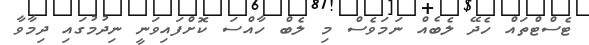
ޓެސްޓްތައް ހެދޭ ލެބެއް ނަމަވެސް މި ލެބް ހާއްސަ ކޮށްފައިވަނީ ނިދުމުގައި ދިމާވާ